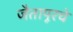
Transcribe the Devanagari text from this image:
जैतापूरचे